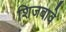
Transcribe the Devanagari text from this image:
शिजवावे